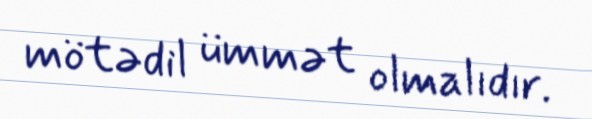
mötədil ümmət olmalıdır.